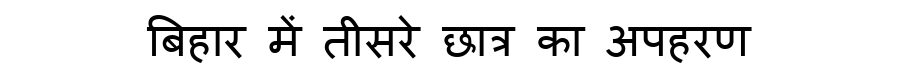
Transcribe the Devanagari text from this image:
बिहार में तीसरे छात्र का अपहरण